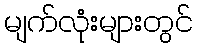
မျက်လုံးများတွင်